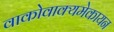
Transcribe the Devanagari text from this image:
वाकोवाक्यमेकायन